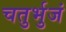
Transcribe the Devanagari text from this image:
चतुर्भुजं